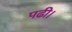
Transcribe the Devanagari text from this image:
पढी।